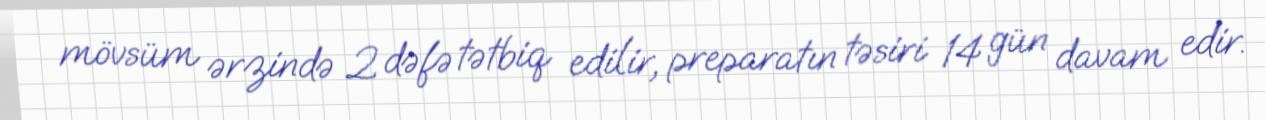
mövsüm ərzində 2 dəfə tətbiq edilir, preparatın təsiri 14 gün davam edir.